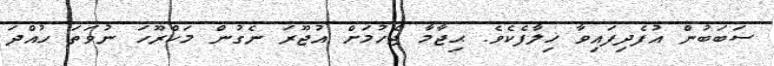
ސަބަބުން އުފެދިފައިވާ ޚިލާފެކެވެ. ޙިޖާމާ ޖެހުމަށް އުޖޫރަ ނެގުން މަކްރޫހަ ނުވަތަ ހުއްދަ